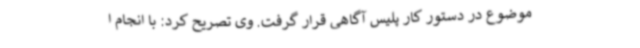
موضوع در دستور کار پلیس آگاهی قرار گرفت. وی تصریح کرد: با انجام ا